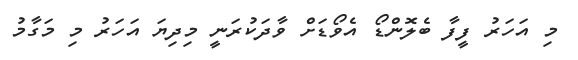
މި އަހަރު ފީފާ ބެލޮންޑޯ އެވޯޑަށް ވާދަކުރަނީ މިދިޔަ އަހަރު މި މަގާމު